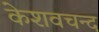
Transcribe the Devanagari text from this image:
केशवचन्द